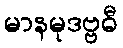
မာနမုဒဗ္ဗဓီ